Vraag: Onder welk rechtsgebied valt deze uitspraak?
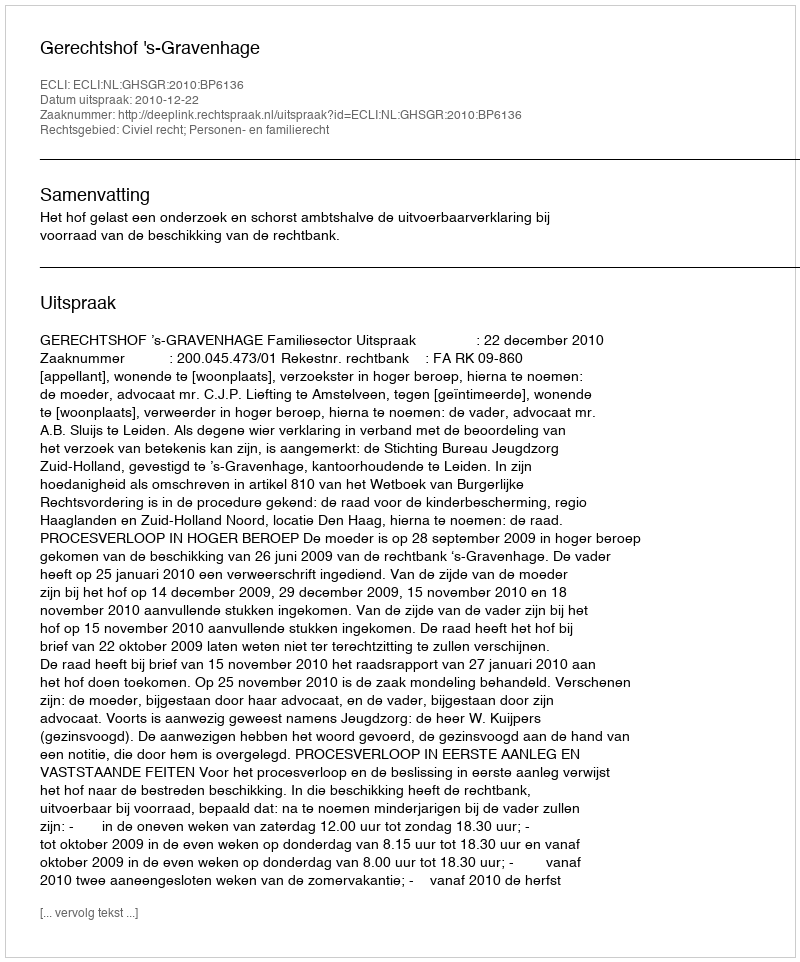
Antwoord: Civiel recht; Personen- en familierecht